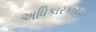
અધિકારકાયદા